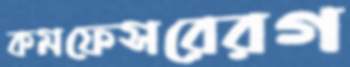
কমফেসরেরগ